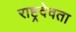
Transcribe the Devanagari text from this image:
राष्ट्रदेवता